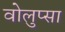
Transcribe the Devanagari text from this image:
वोलुप्सा